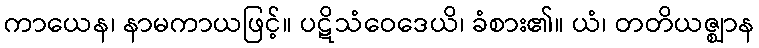
ကာယေန၊ နာမကာယဖြင့်။ ပဋိသံဝေဒေယိ၊ ခံစား၏။ ယံ၊ တတိယဇ္ဈာန